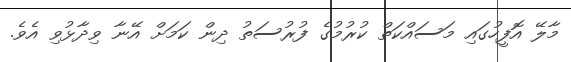
މާލޭ އޮފީހުގައި މަސައްކަތް ކުރުމުގެ ފުރުސަތު ދިން ކަމަށް އޭނާ ވިދާޅުވި އެވެ.